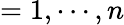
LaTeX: =1,\cdots,n